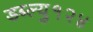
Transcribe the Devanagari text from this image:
डब्ल्यु१२४